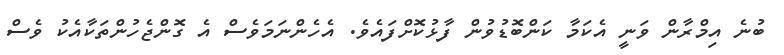
ބުނެ އިމްރާން ވަނީ އެކަމާ ކަންބޮޑުވުން ފާޅުކޮށްފައެވެ. އެހެންނަމަވެސް އެ ގޮންޖެހުންތަކާއެކު ވެސް